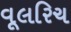
વૂલરિચ